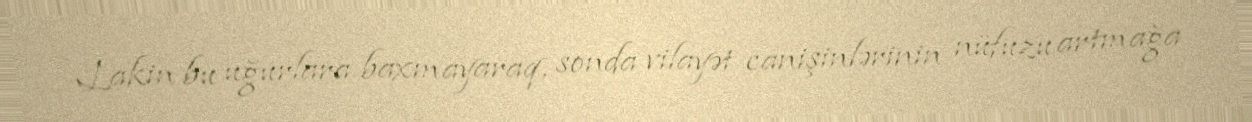
Lakin bu uğurlara baxmayaraq, sonda vilayət canişinlərinin nüfuzu artmağa